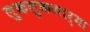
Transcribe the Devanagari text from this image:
लुकलुकणार्‍या